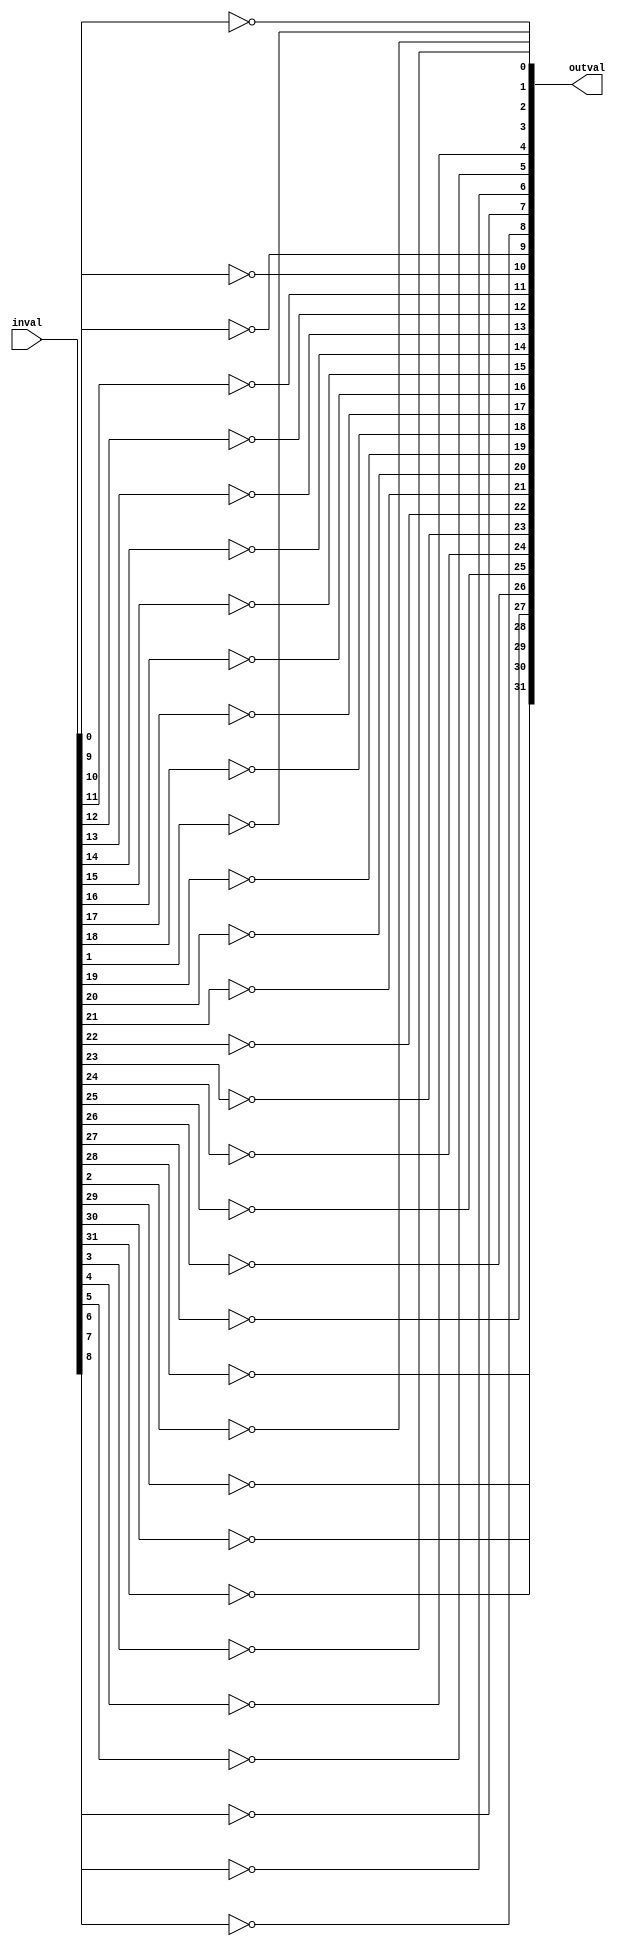
`timescale 1ns / 1ps
//////////////////////////////////////////////////////////////////////////////////
// Company: 
// Engineer: 
// 
// Design Name: 
// Module Name: Nbit_NOT
// Project Name: 
// Target Devices: 
// Tool Versions: 
// Description: 
// 
// Dependencies: 
// 
// Revision:
// Revision 0.01 - File Created
// Additional Comments:
// 
//////////////////////////////////////////////////////////////////////////////////


module Nbit_NOT#(parameter N = 32)(
    output [N-1:0] outval, 
    input  [N-1:0] inval
    );
    
    genvar i; //loop variable
    
    generate
        for (i = 0; i < N; i = i + 1) begin
            not(outval[i],inval[i]);
        end
   endgenerate
   
endmodule